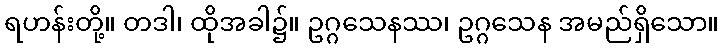
ရဟန်းတို့။ တဒါ၊ ထိုအခါ၌။ ဥဂ္ဂသေနဿ၊ ဥဂ္ဂသေန အမည်ရှိသော။